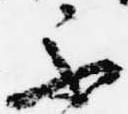
不